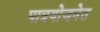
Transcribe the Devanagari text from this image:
पात्रयोजनेत